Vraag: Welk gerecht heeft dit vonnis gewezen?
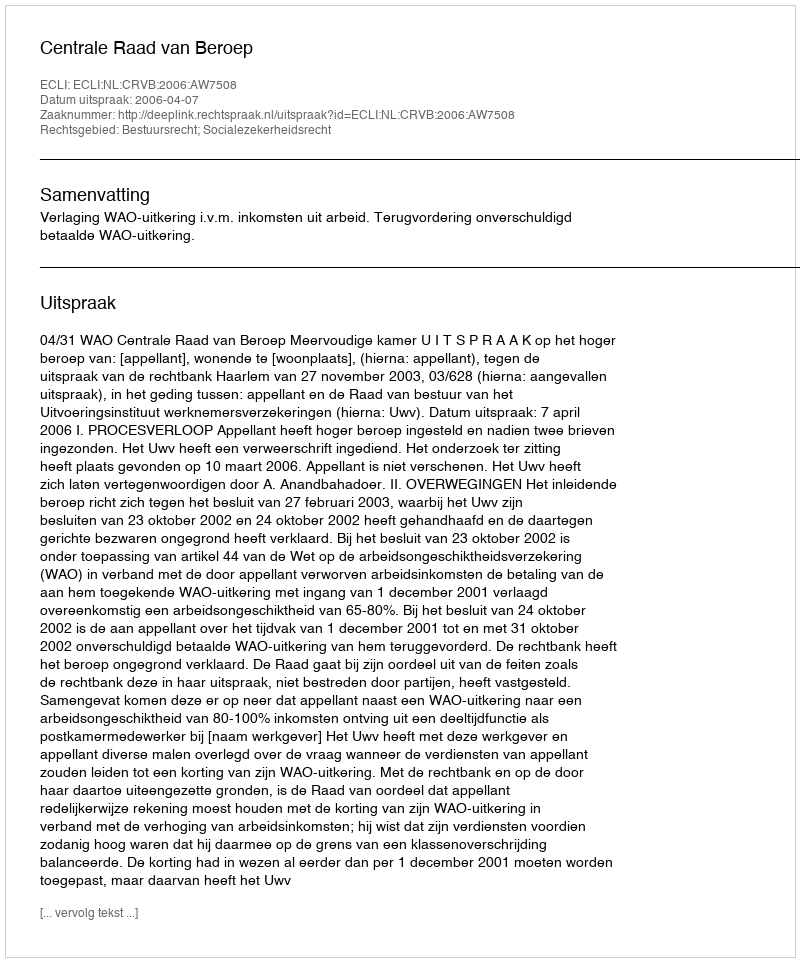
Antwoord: Centrale Raad van Beroep